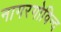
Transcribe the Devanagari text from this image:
नागरगोविन्द